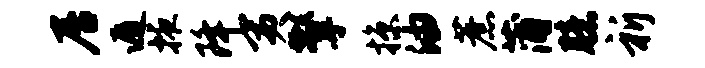
居遁掖降夷擎掠油蔗蒲臆祈